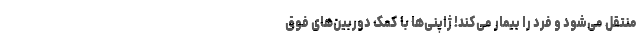
منتقل می‌شود و فرد را بیمار می‌کند! ژاپنی‌ها با کمک دوربین‌های فوق